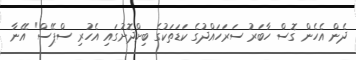
ދެން އެހެން ގޮސް ހާބަރު ސަރަހައްދުގެ ކަޑަތަކުގެ ބިށްދޮށުގައި އެހުރި ސްޕޭސް" އޭނާ